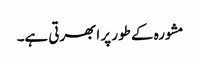
مشورہ کے طور پر ابھرتی ہے۔